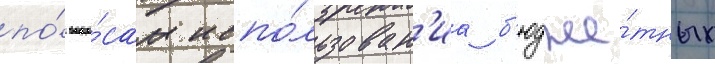
по́ вопро́сам испо́льзован'иа б'юдже́тных